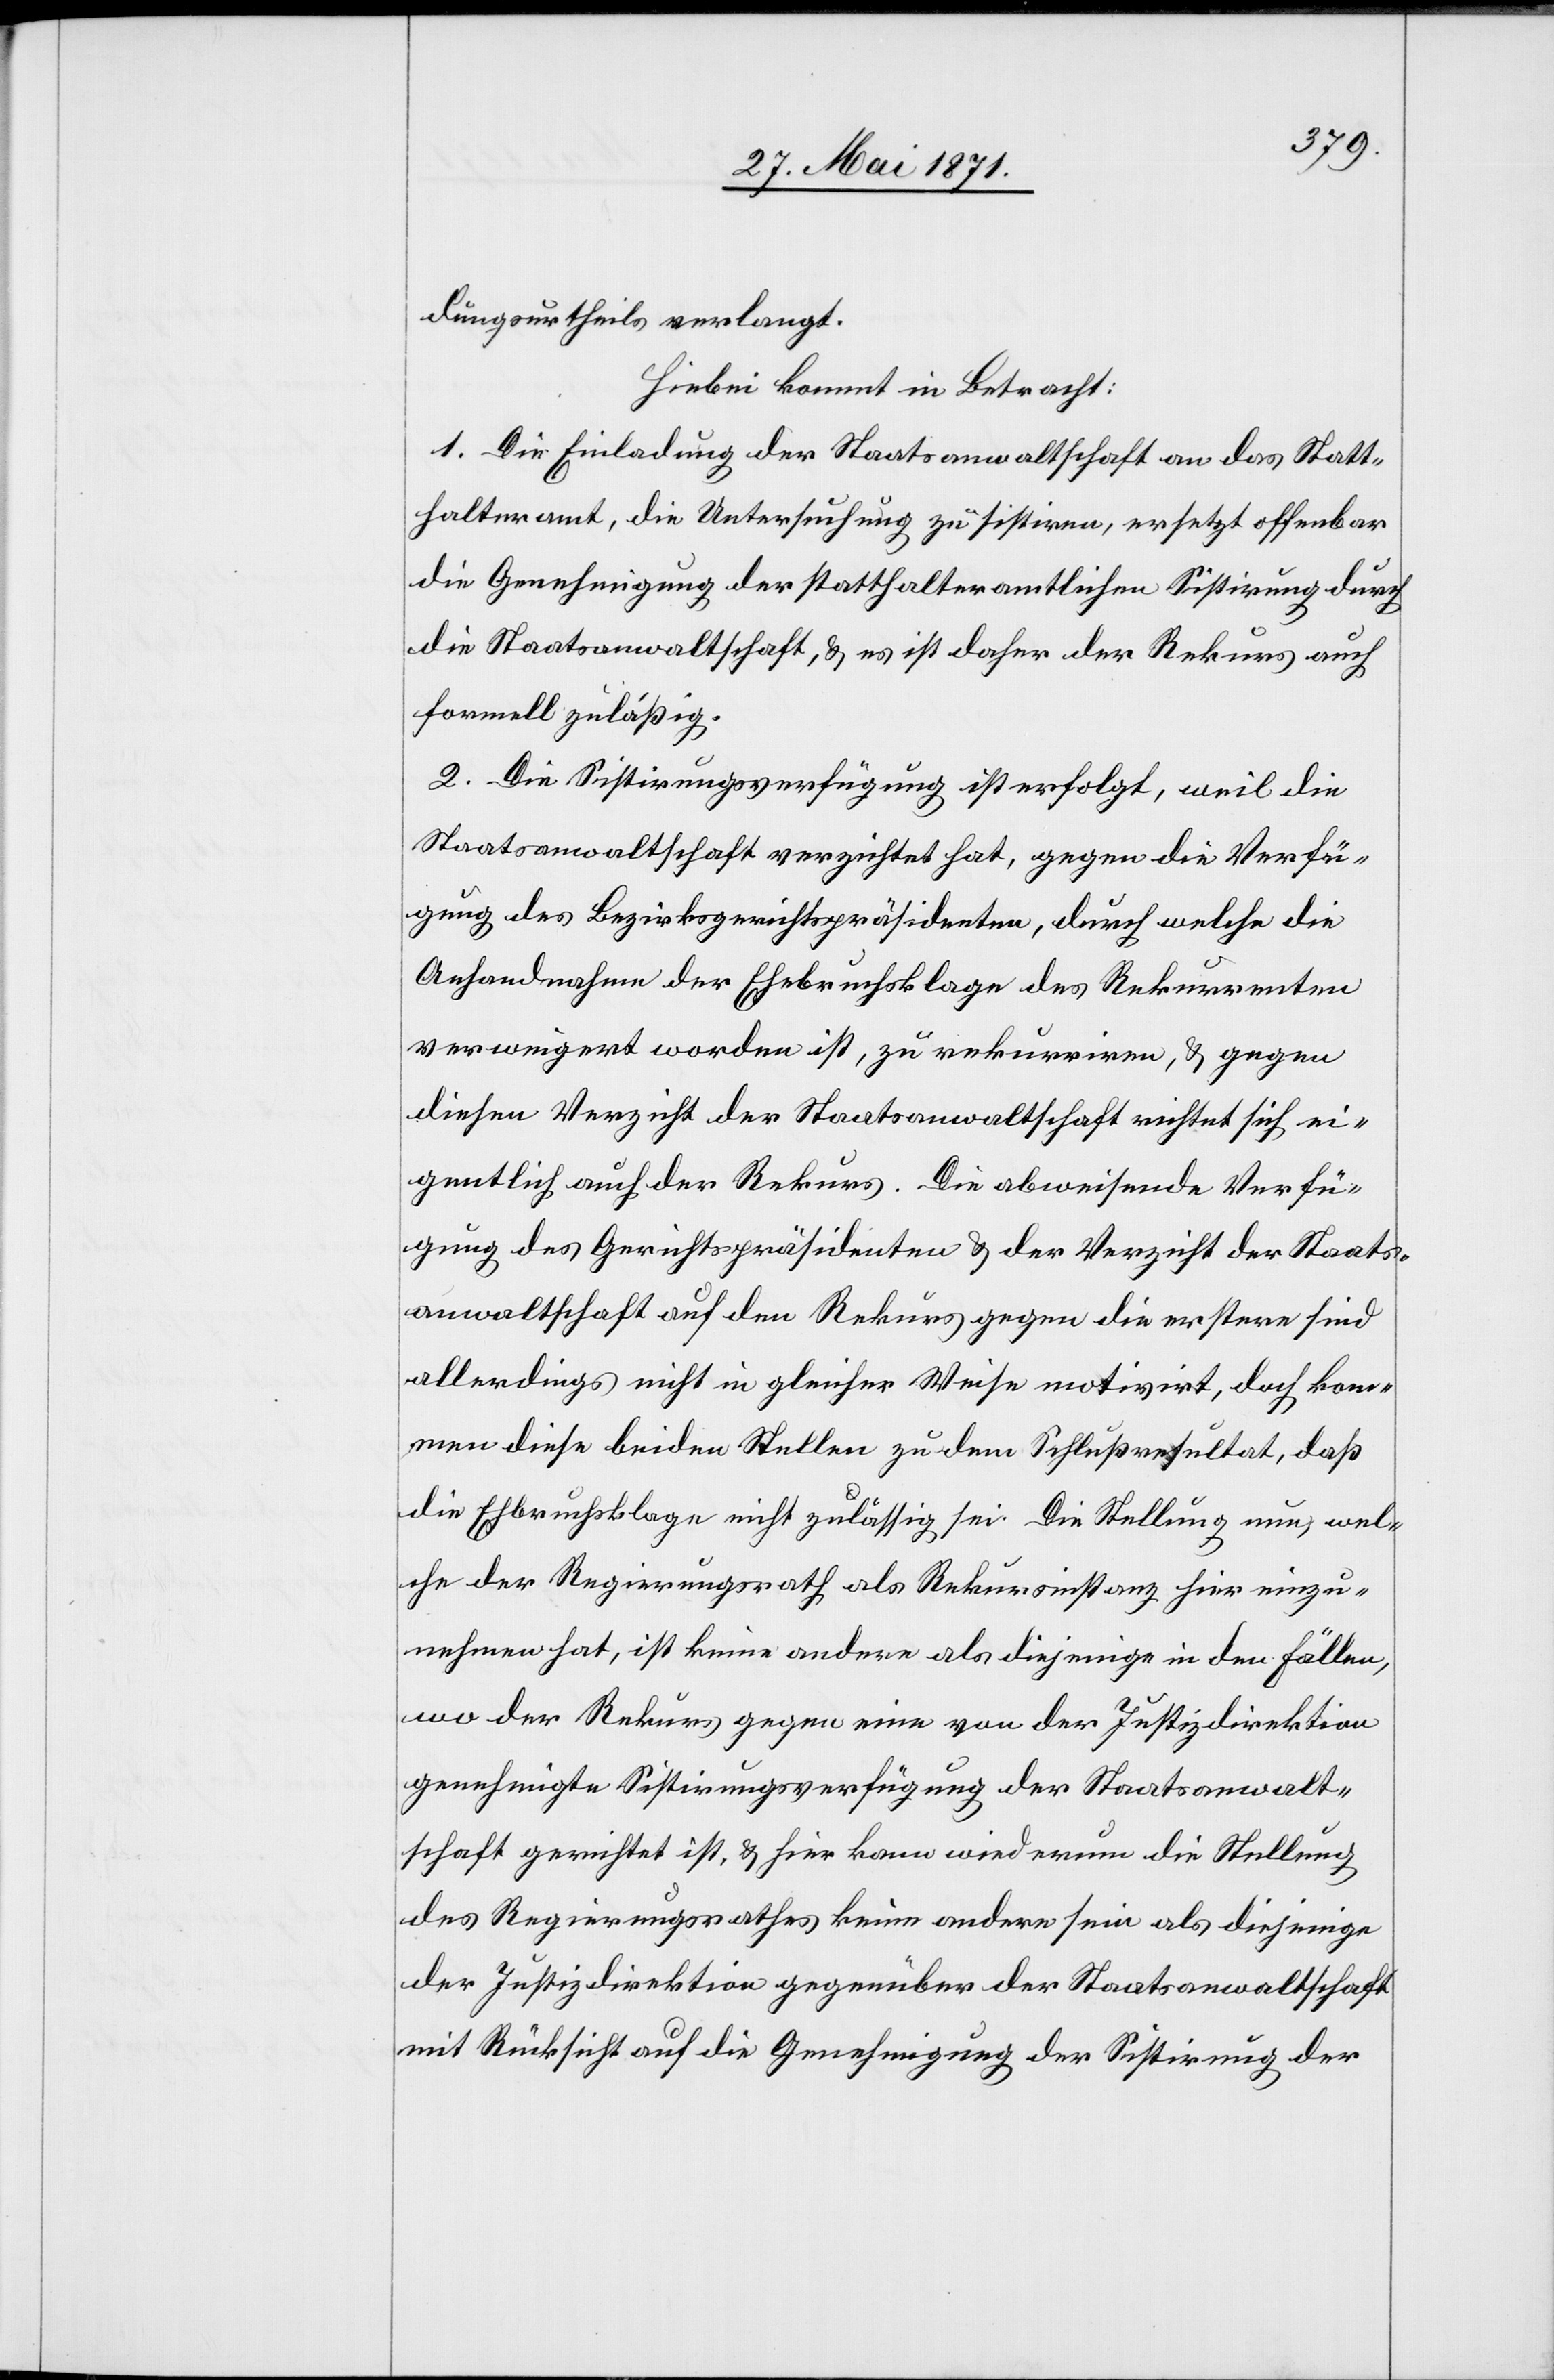
dungsurtheils verlangt.
Hiebei kommt in Betracht:
1. Die Einladung der Staatsanwaltschaft an das Statt¬
halteramt, die Untersuchung zu sistiren, ersetzt offenbar
die Genehmigung der statthalteramtlichen Sistirung durch
die Staatsanwaltschaft, u. es ist daher der Rekurs auch
formell zuläßig.
2. Die Sistirungsverfügung ist erfolgt, weil die
Staatsanwaltschaft verzichtet hat, gegen die Verfü¬
gung des Bezirksgerichtspräsidenten, durch welche die
Anhandnahme der Ehebruchsklage des Rekurrenten
verweigert worden ist, zu rekurriren, u. gegen
diesen Verzicht der Staatsanwaltschaft richtet sich ei¬
gentlich auch der Rekurs. Die abweisende Verfü¬
gung des Gerichtspräsidenten u. der Verzicht der Staats¬
anwaltschaft auf den Rekurs gegen die erstere sind
allerdings nicht in gleicher Weise motivirt, doch kom¬
men diese beiden Stellen zu dem Schlußresultat, daß
die Ehebruchsklage nicht zulässig sei. Die Stellung nun, wel¬
che der Regierungsrath als Rekursinstanz hier einzu¬
nehmen hat, ist keine andere als diejenige in den Fällen,
wo der Rekurs gegen eine von der Justizdirektion
genehmigte Sistirungsverfügung der Staatsanwalt¬
schaft gerichtet ist, u. hier kann wiederum die Stellung
des Regierungsrathes keine andere sein als diejenige
der Justizdirektion gegenüber der Staatsanwaltschaft
mit Rücksicht auf die Genehmigung der Sistirung der